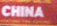
CHINA